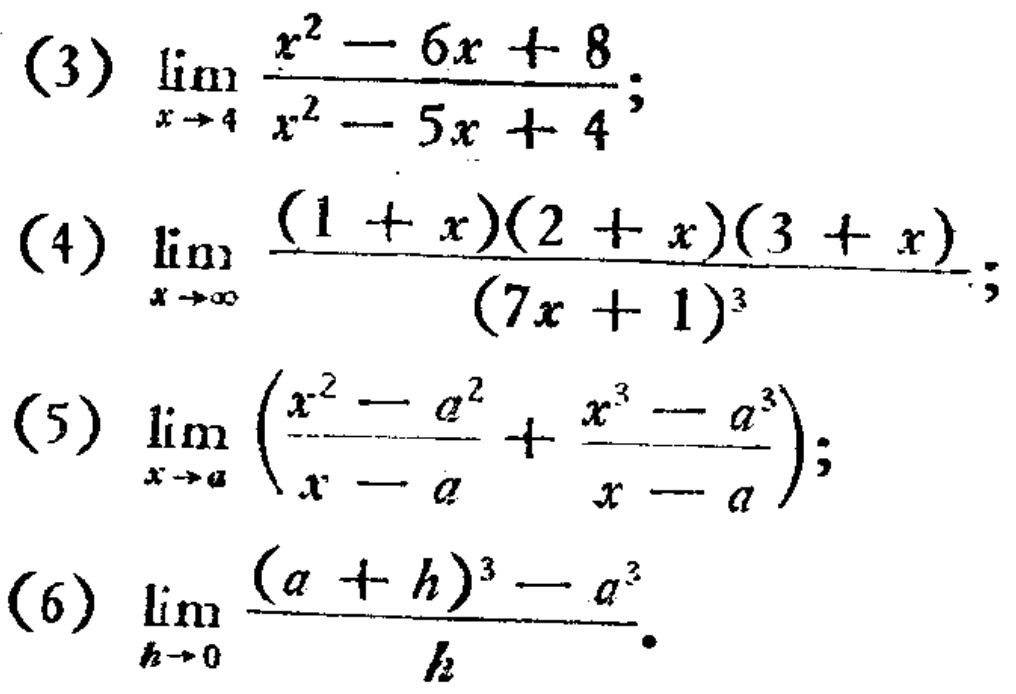
(3) \(\lim_{x \to 4} \frac{x^{2}-6x + 8}{x^{2}-5x + 4}\);
(4) \(\lim_{x \to \infty} \frac{(1 + x)(2 + x)(3 + x)}{(7x + 1)^{3}}\);
(5) \(\lim_{x \to a} \left(\frac{x^{2}-a^{2}}{x - a}+\frac{x^{3}-a^{3}}{x - a}\right)\);
(6) \(\lim_{h \to 0} \frac{(a + h)^{3}-a^{3}}{h}\)